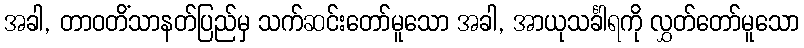
အခါ, တာဝတိံသာနတ်ပြည်မှ သက်ဆင်းတော်မူသော အခါ, အာယုသင်္ခါရကို လွှတ်တော်မူသော